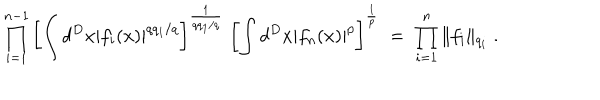
\prod _ { i = 1 } ^ { n - 1 } \left[ \int d ^ { D } x | f _ { i } ( x ) | ^ { q q _ { 1 } / q } \right] ^ { \frac { 1 } { q q _ { 1 } / q } } \; \left[ \int d ^ { D } x | f _ { n } ( x ) | ^ { p } \right] ^ { \frac { 1 } { p } } \; = \; \prod _ { i = 1 } ^ { n } \| f _ { i } \| _ { q _ { i } } \; .